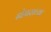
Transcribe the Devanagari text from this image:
ढोपराच्या